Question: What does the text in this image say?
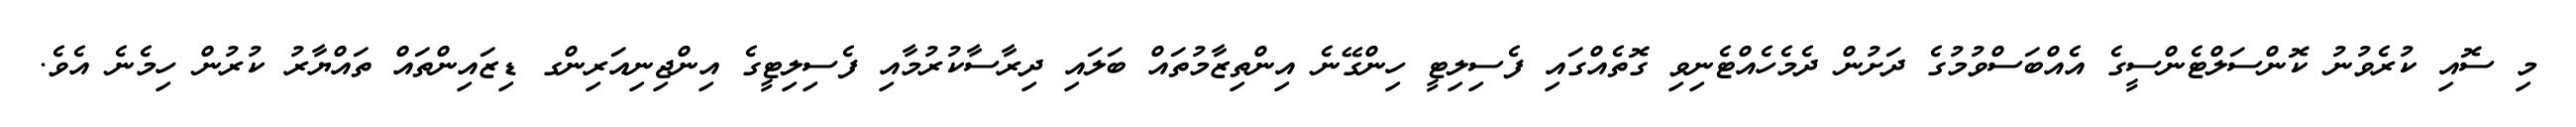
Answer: މި ސޮއި ކުރެވުނު ކޮންސަލްޓެންސީގެ އެއްބަސްވުމުގެ ދަށުން ދެމެހެއްޓެނިވި ގޮތެއްގައި ފެސިލިޓީ ހިންގޭނެ އިންތިޒާމުތައް ބަލައި ދިރާސާކުރުމާއި ފެސިލިޓީގެ އިންޖިނިއަރިންގ ޑިޒައިންތައް ތައްޔާރު ކުރުން ހިމެނެ އެވެ.